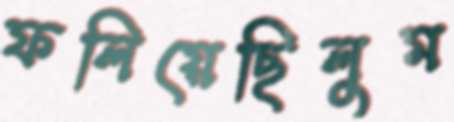
ফলিয়েছিলুম